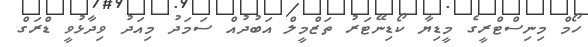
ހޯމް މިނިސްޓްރީގެ މީޑިޔާ ކޯޑިނޭޓަރު ތަޒްމީލް އަބުދުއް ސަމަދު މިއަދު ވިދާޅުވީ ޑްރަގް